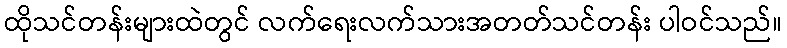
ထိုသင်တန်းများထဲတွင် လက်ရေးလက်သားအတတ်သင်တန်း ပါဝင်သည်။